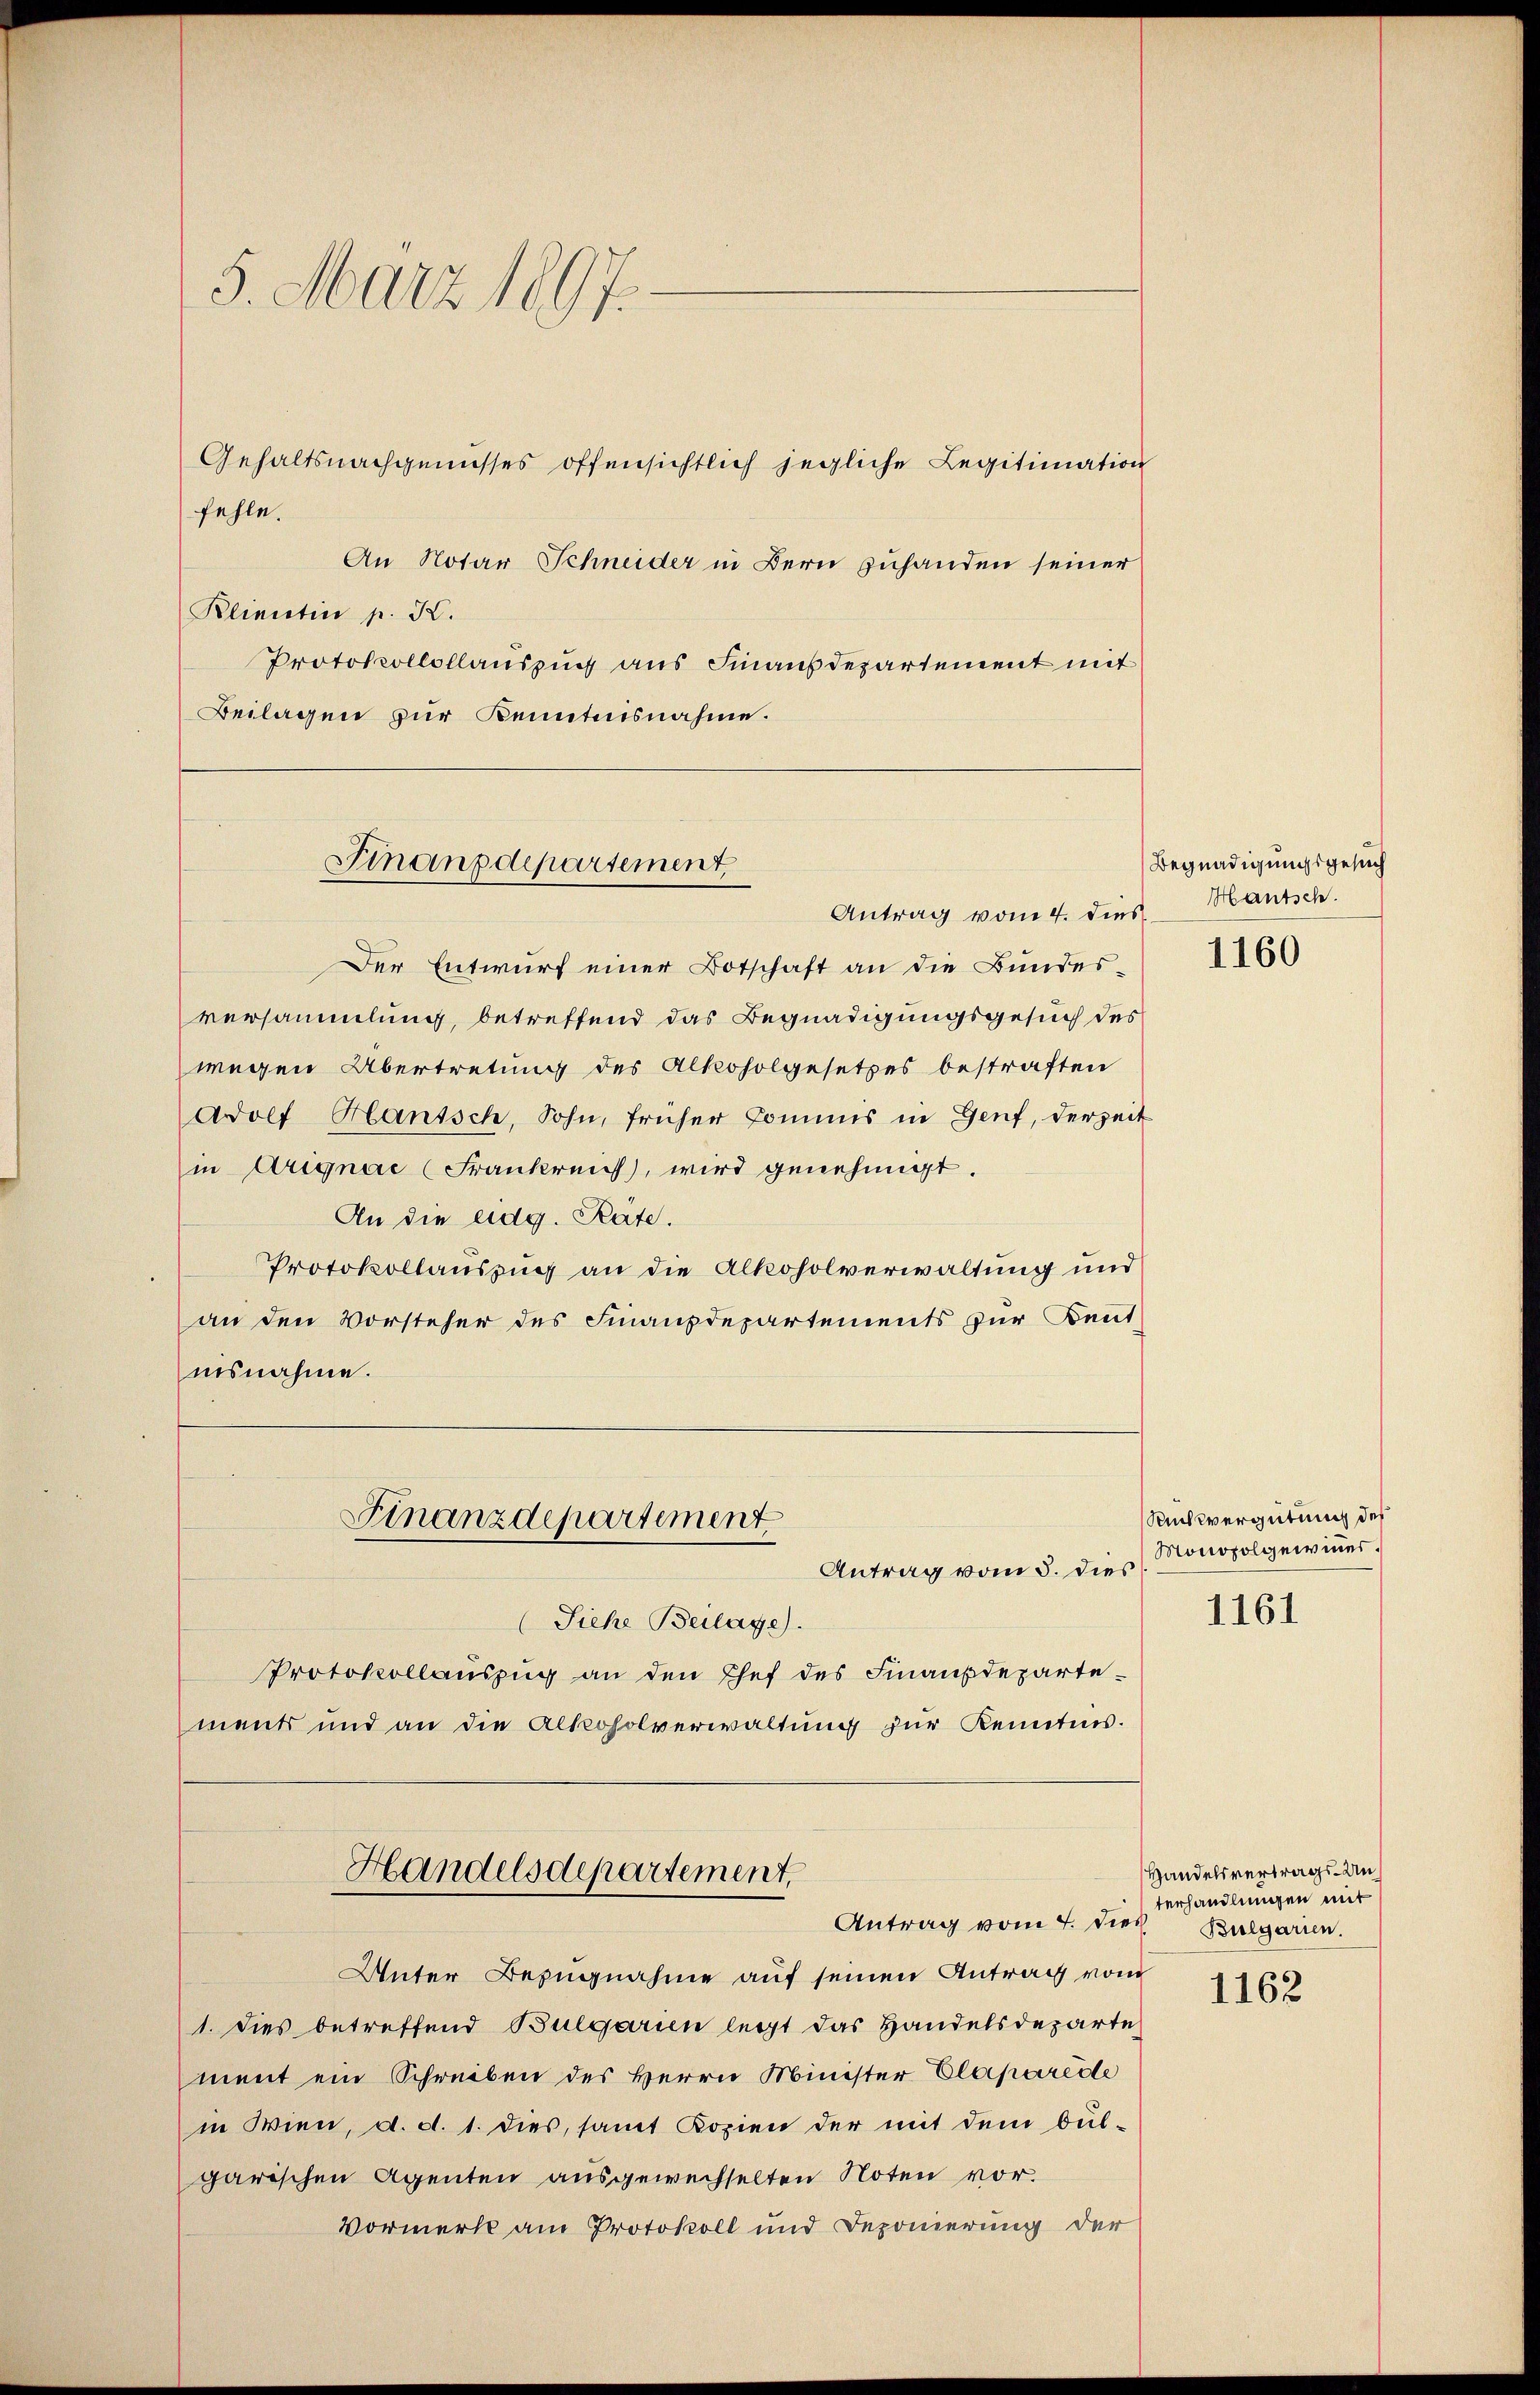
5. März 1897.

Gehaltsnachgenusses offensichtlich jegliche Legitimation
fehle.
An Notar Schneider in Bern zuhanden seiner
Klientin p. K.
Protokollollauszug aus Finanzdepartement mit
Beilagen zur Kenntnisnahme.

Finanzdepartement,
Antrag vom 4. dies

Der Entwurf einer Botschaft an die Bundes-
versammlung, betreffend das Begnadigungsgesuch des
wegen Übertretung des Alkoholgesetzes bestraften
Adolf Hantsch, Sohn, früher Commis in Genf, derzeit
in Arignac (Frankreich, wird genehmigt.
An die eidg. Rate.
Protokollauszug an die Alkoholverwaltung und
an den Vorsteher des Finanzdepartements zur Bent
nisnahme.
Finanzdepartement
Antrag vom 5. dies
(Siehe Beilage).
Protokollauszug an den Chef des Finanzdepartements und an die Alkoholverwaltung zur Kenntnis.

Handelsdepartement,
Antrag vom 4. die Bulgarien.

Unter Bezugnahme auf seinen Antrag vom
1. dies betreffend Bulgarien legt das Handelsdeparte
ment ein Schreiben des Herrn Minister Elaparede
in Wien, d. d. 1. dies, samt Kopien der mit dem bül-
garischen Agenten ausgewechselten Noten vor.
Vormerk am Protokoll und Deponierung der

Begnadigungsgesuch
Hautsch.

1160

Rucksvergütung des
Monofolgewinner.

1161

Handelsvertrags-Unterhandlungen mit

1162